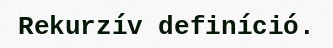
Rekurzív definíció.